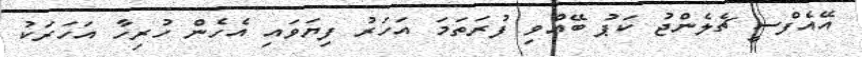
އޭއެފްސީ ޗެލެންޖު ކަޕު ބޭއްވި ފުރަތަމަ އަހަރު ފިޔަވައި އެހެން ހުރިހާ އަހަރަކު